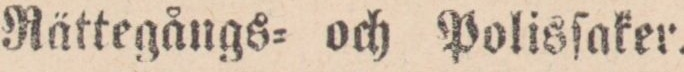
Rättegångs= och Polisſaker.